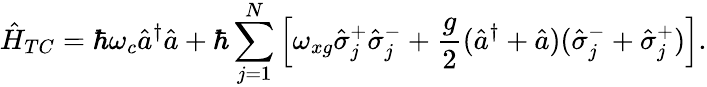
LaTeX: \hat{H}_{TC}=\hbar\omega_{c}\hat{a}^{\dagger}\hat{a}+\hbar\sum_{j=1}^{N}\left[\omega_{xg}\hat{\sigma}_{j}^{+}\hat{\sigma}_{j}^{-}+\frac{g}{2}(\hat{a}^{\dagger}+\hat{a})(\hat{\sigma}_{j}^{-}+\hat{\sigma}_{j}^{+})\right].